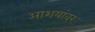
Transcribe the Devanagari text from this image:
आशयांवर